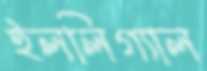
ইললিগ্যাল